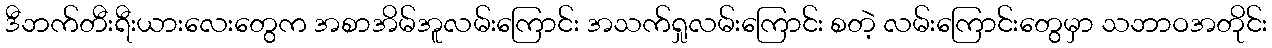
ဒီဘက်တီးရီးယားလေးတွေက အစာအိမ်အူလမ်းကြောင်း အသက်ရှုလမ်းကြောင်း စတဲ့ လမ်းကြောင်းတွေမှာ သဘာဝအတိုင်း